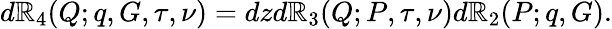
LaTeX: d{\cal\mathbb{R}}_{4}(Q;q,G,\tau,\nu)=dzd{\cal\mathbb{R}}_{3}(Q;P,\tau,\nu)d{\cal\mathbb{R}}_{2}(P;q,G).